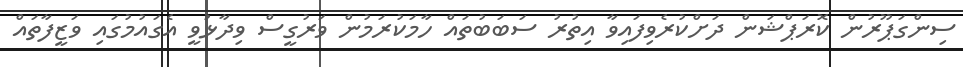
ސިންގަޕޫރުން ކޮރަޕްޝަން ދަށްކުރެވިފައިވާ އިތުރު ސަބަބުތައް ހާމަކުރަމުން ވަރުގީސް ވިދާޅުވީ އެގައުމުގައި ވަޒީފާތައް